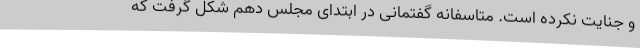
و جنایت نکرده است. متاسفانه گفتمانی در ابتدای مجلس دهم شکل گرفت که